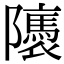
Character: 𨽖